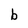
Character: b